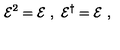
{ \cal E } ^ { 2 } = { \cal E } \ , \ { \cal E } ^ { \dagger } = { \cal E } \ ,